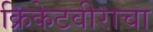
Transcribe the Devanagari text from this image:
क्रिकेटवीराचा